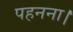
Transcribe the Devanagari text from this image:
पहनना।